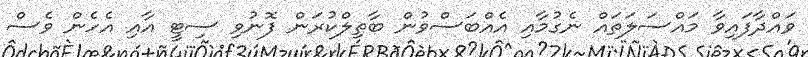
ވައްދާފައިވާ މައްސަލަތައް ނެގުމާއި އެއްބަސްވުން ބާތިލްކުރަން ފޮނުވި ސިޓީ އާއި އެހެން ވެސް